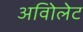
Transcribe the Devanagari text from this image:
अविोलेट